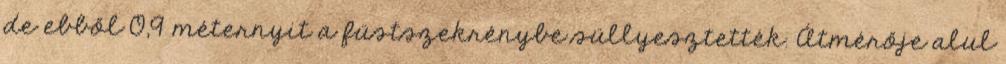
de ebből 0,9 méternyit a füstszekrénybe süllyesztették. Átmérője alul